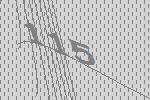
115